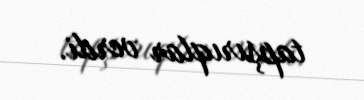
tapşırıqlar verdi.